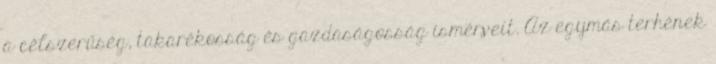
a célszerűség, takarékosság és gazdaságosság ismérveit. Az egymás terhének